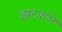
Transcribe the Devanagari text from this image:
झटकले